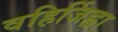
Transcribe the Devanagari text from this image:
वहिर्जिह्वा